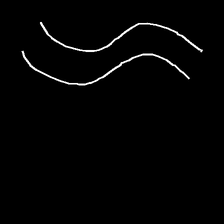
Glyph: float